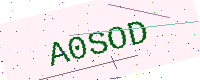
Text: A0SOD